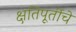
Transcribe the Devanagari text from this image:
क्षतिपूर्तीचे